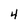
Character: 4